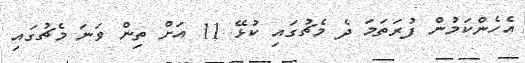
އެހެންކަމުން ފުރަތަމަ ދެ މެޗުގައި ކުޅޭ 11 އަށް ތިން ވަނަ މެޗުގައި